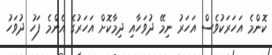
ކޮންމެ އަހަރަކުވެސް އަހަރު ނިމޭ ދުވަހާއި ދިމާކޮށް އަހަރުގެ އެންމެ ފަހު ދުވަހު